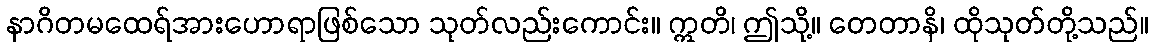
နာဂိတမထေရ်အားဟောရာဖြစ်သော သုတ်လည်းကောင်း။ ဣတိ၊ ဤသို့။ တေတာနိ၊ ထိုသုတ်တို့သည်။